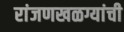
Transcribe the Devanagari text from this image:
रांजणखळग्यांची